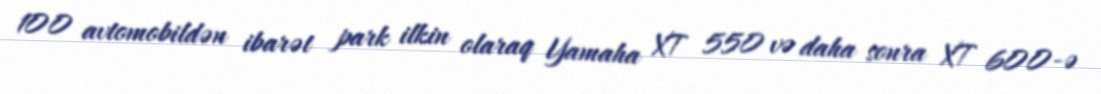
100 avtomobildən ibarət park ilkin olaraq Yamaha XT 550 və daha sonra XT 600-ə